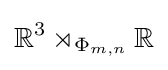
\mathbb {R} ^{3}\rtimes _{\Phi _{m,n}}\mathbb {R}